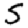
Digit: 5